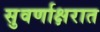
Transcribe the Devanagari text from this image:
सुवर्णाक्षरात